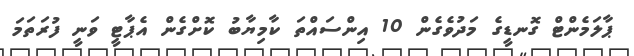
ޕާލަމެންޓް ގޮނޑީގެ މަދުވެގެން 10 އިންސައްތަ ކާމިޔާބު ކޮށްގެން އެޕާޓީ ވަނީ ފުރަތަމަ